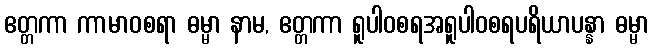
ဧတ္တကာ ကာမာဝစရာ ဓမ္မာ နာမ, ဧတ္တကာ ရူပါဝစရအရူပါဝစရပရိယာပန္နာ ဓမ္မာ